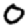
Digit: 0